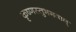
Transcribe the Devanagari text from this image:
कृष्णस्तुभगवान्